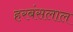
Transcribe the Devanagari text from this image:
हरबंसलाल